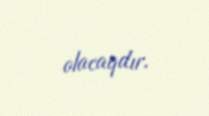
olacaqdır.